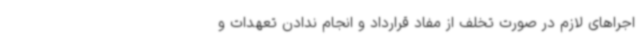
اجراهای لازم در صورت تخلف از مفاد قرارداد و انجام ندادن تعهدات و